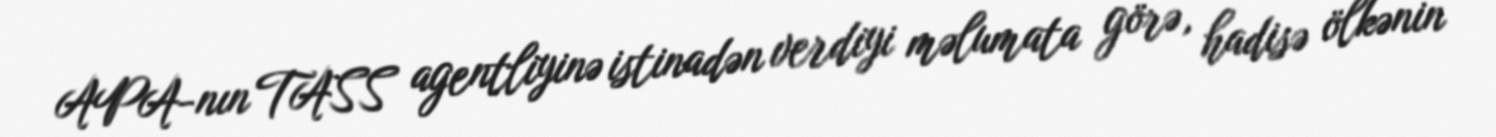
APA-nın TASS agentliyinə istinadən verdiyi məlumata görə, hadisə ölkənin